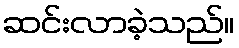
ဆင်းလာခဲ့သည်။